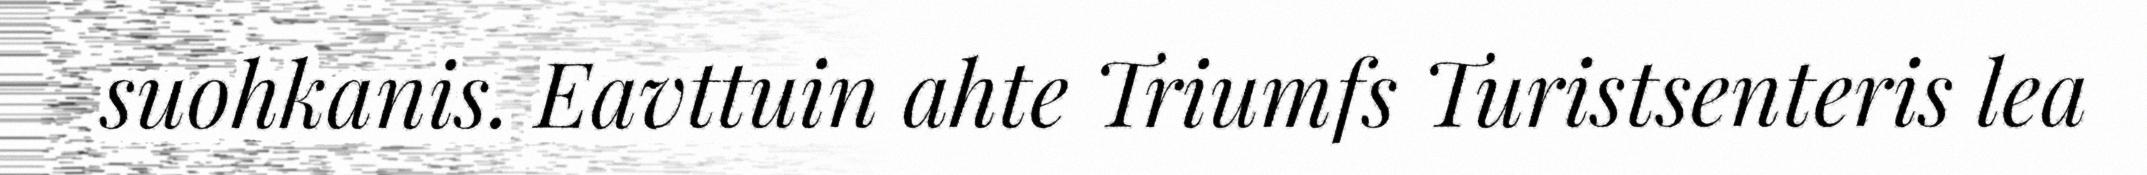
suohkanis. Eavttuin ahte Triumfs Turistsenteris lea